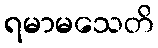
ရမာမသေတိ